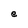
Character: e